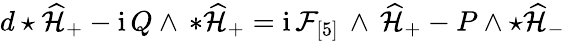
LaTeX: d\star\widehat{\mathcal{H}}_{+}-\mathrm{i}\, Q\wedge\, *\widehat{\mathcal{H}}_{+}=\mathrm{i}\, \mathcal{F}_{[5]}\, \wedge\, \widehat{\mathcal{H}}_{+}-P\wedge\star\widehat{\mathcal{H}}_{-}